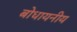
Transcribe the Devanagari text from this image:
बोधायनीय